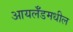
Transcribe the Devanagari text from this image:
आयर्लॅडमधील